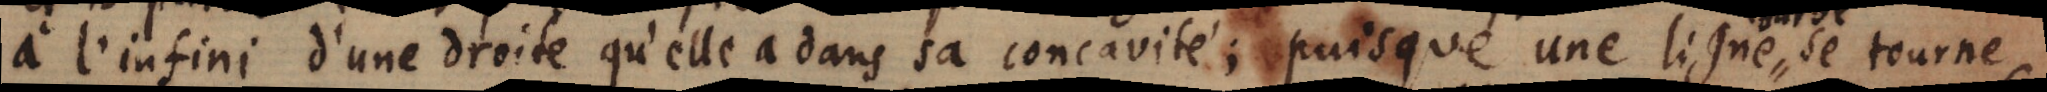
à l’infini dune droite qu’elle a dans sa concavité; puisque une ligne, se tourne